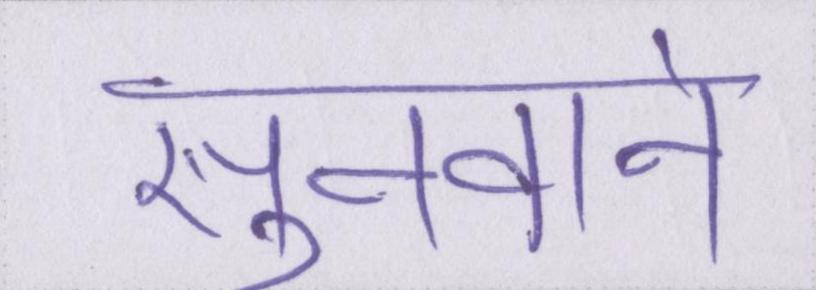
सुनवाने